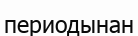
периодынан